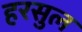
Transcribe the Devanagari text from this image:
हरसुल